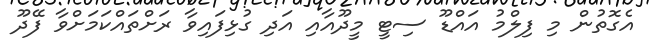
އެގޮތުން މި ފިލްމު އައްޑޫ ސިޓީ މީދޫއާއި އަދި ގުޅިފައިވާ ރަށްތައްކަމަށްވާ ފޭދޫ